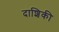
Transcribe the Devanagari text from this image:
दाशिकी